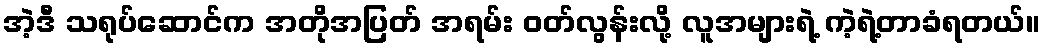
အဲ့ဒီ သရုပ်ဆောင်က အတိုအပြတ် အရမ်း ဝတ်လွန်းလို့ လူအများရဲ့ ကဲ့ရဲ့တာခံရတယ်။